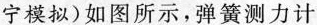
宁模拟)如图所示，弹簧测力计